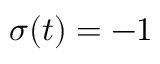
\sigma ( t ) = - 1